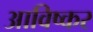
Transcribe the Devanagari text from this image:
आविष्कर